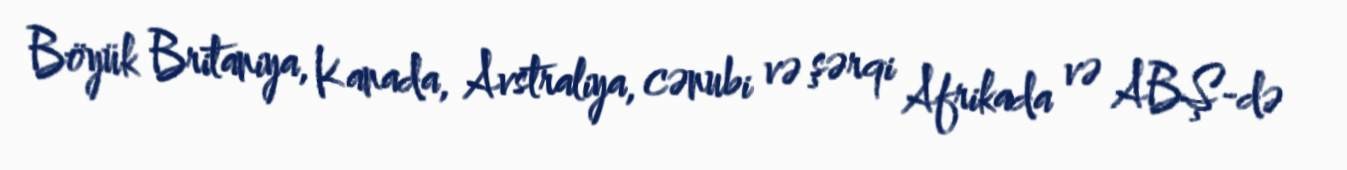
Böyük Britaniya, Kanada, Avstraliya, cənubi və şərqi Afrikada və ABŞ-də